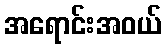
အရောင်းအဝယ်